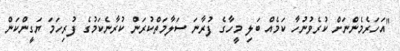
"އަހަރެމެންނަށް ކުރެވުނުހާ ކަމެއް ބަލި މީހާގެ ފުރާނަ ސަލާމަތްކުރަން ކުރާނެކަމުގެ ފުރިހަމަ ޔަގީންކަން